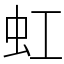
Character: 虹